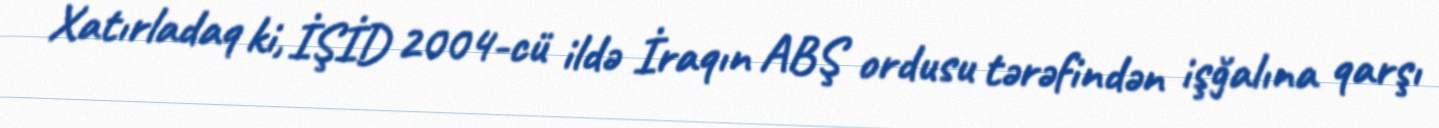
Xatırladaq ki, İŞİD 2004-cü ildə İraqın ABŞ ordusu tərəfindən işğalına qarşı